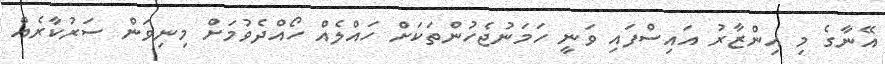
އޭނާގެ މި އިންޒާރު އައިސްފައި ވަނީ ހަމަނުޖެހުންތަކަށް ހައްލެއް ހޯއްދެވުމަށް މިނިވަން ސަރުކާރެއް